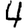
Digit: 4